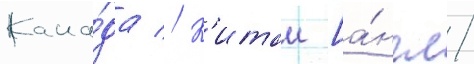
Кана́да // К'итаи [а́нгл.